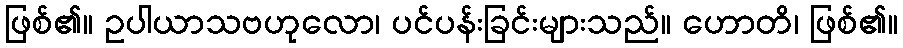
ဖြစ်၏။ ဥပါယာသဗဟုလော၊ ပင်ပန်းခြင်းများသည်။ ဟောတိ၊ ဖြစ်၏။